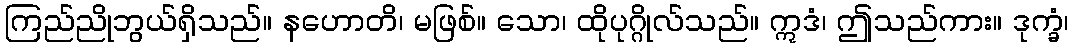
ကြည်ညိုဘွယ်ရှိသည်။ နဟောတိ၊ မဖြစ်။ သော၊ ထိုပုဂ္ဂိုလ်သည်။ ဣဒံ၊ ဤသည်ကား။ ဒုက္ခံ၊